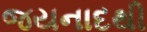
જયનાદથી